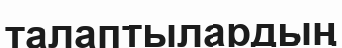
талаптылардың